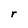
Character: r